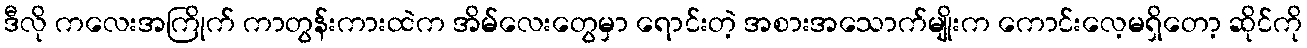
ဒီလို ကလေးအကြိုက် ကာတွန်းကားထဲက အိမ်လေးတွေမှာ ရောင်းတဲ့ အစားအသောက်မျိုးက ကောင်းလေ့မရှိတော့ ဆိုင်ကို